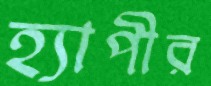
হ্যাপীর